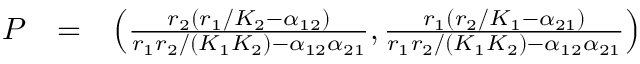
\begin{array} { r l r } { P } & { = } & { \left( \frac { r _ { 2 } ( r _ { 1 } / K _ { 2 } - \alpha _ { 1 2 } ) } { r _ { 1 } r _ { 2 } / ( K _ { 1 } K _ { 2 } ) - \alpha _ { 1 2 } \alpha _ { 2 1 } } , \frac { r _ { 1 } ( r _ { 2 } / K _ { 1 } - \alpha _ { 2 1 } ) } { r _ { 1 } r _ { 2 } / ( K _ { 1 } K _ { 2 } ) - \alpha _ { 1 2 } \alpha _ { 2 1 } } \right) } \end{array}